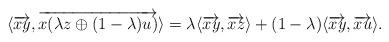
LaTeX: \begin{align*}\langle \overrightarrow{xy},\overrightarrow{x(\lambda z\oplus (1-\lambda)u)}\rangle =\lambda\langle \overrightarrow{xy},\overrightarrow{xz}\rangle +(1-\lambda)\langle \overrightarrow{xy},\overrightarrow{xu}\rangle .\end{align*}